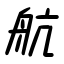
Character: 航